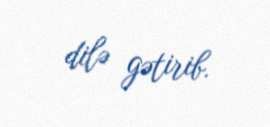
dilə gətirib.